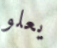
يعلو